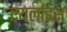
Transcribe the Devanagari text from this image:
एयर्लाइंस